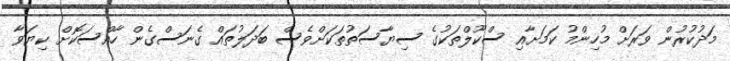
މަދުކުރުން ވަރަށް މުހިންމު ކަމަށާއި ސްކޫލްތަކުގެ ސިޔާސަތުތަކަށްވެސް ބަދަލުތައް ގެނަސްގެން ހާއްސަކޮށް ކިޔަވާ